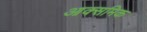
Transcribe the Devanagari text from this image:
आक्समिक